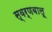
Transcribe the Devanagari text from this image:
स्वर्णबालू